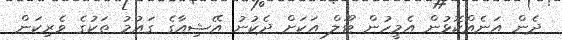
ދެން އަނެއްކޮޅުން އެމީހުން ޓޫލް އަކަށް ދެކުނު އޭޝިއާގެ ގައުމު ތަކުގެ ވެރިކަން